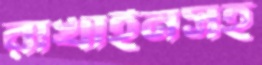
রাখাইনসহ